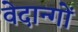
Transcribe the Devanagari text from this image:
वेदान्गों